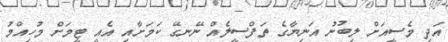
އަދި މެސީއަށް ލިބުނު އަނިޔާގެ ތަފްސީލެއް ނޭނގޭ ކަމަށާއި އެއީ ޓީމަށް މުހިއްމު